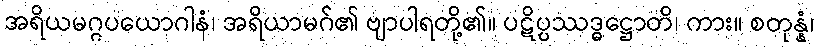
အရိယမဂ္ဂပယောဂါနံ၊ အရိယာမဂ်၏ ဗျာပါရတို့၏။ ပဋိပ္ပဿဒ္ဓဋ္ဌောတိ၊ ကား။ စတုန္နံ၊